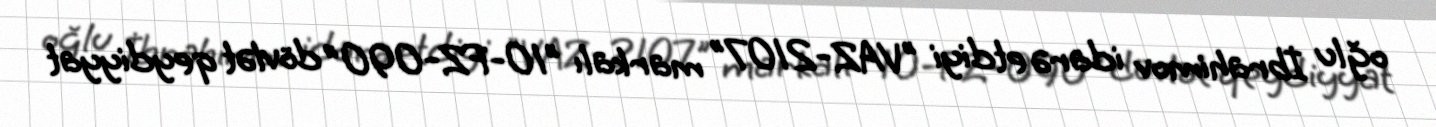
oğlu İbrahimov idarə etdiyi "VAZ-2107" markalı "10-FZ-090" dövlət qeydiyyat